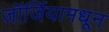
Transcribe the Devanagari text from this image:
जॉर्जियामधून